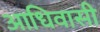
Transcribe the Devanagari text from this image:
आधिवासी